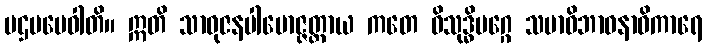
ပဌမမေဝါတိ။ ဣတိ သာဓုဇနပါမောဇ္ဇတ္ထာယ ကတေ ဝိသုဒ္ဓိမဂ္ဂေ သမာဓိဘာဝနာဓိကာရေ